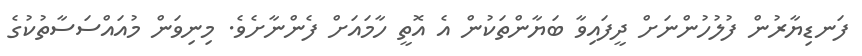
ފަނޑިޔާރުން ފުލުހުންނަށް ދީފައިވާ ބަޔާންތަކުން އެ އޮތީ ހާމައަށް ފެންނާށެވެ. މިނިވަން މުއައްސަސާތުކުގެ